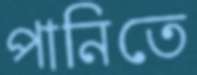
পানিতে